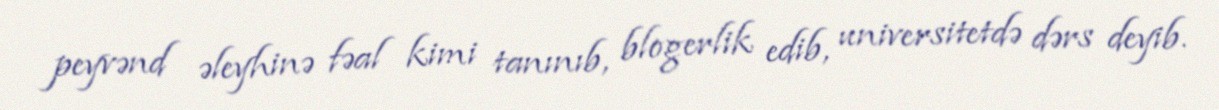
peyvənd əleyhinə fəal kimi tanınıb, blogerlik edib, universitetdə dərs deyib.